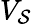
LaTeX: V_{\mathcal{S}}